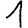
Digit: 1